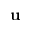
\mathbf { u }